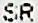
SR